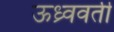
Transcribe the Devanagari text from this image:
ऊध्र्ववर्ती